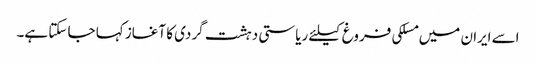
اسے ایران میں مسلکی فروغ کیلئے ریاستی دہشت گردی کا آغاز کہا جا سکتا ہے۔